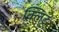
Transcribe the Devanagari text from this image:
क्लिट